Annual report of the Madras Medical College
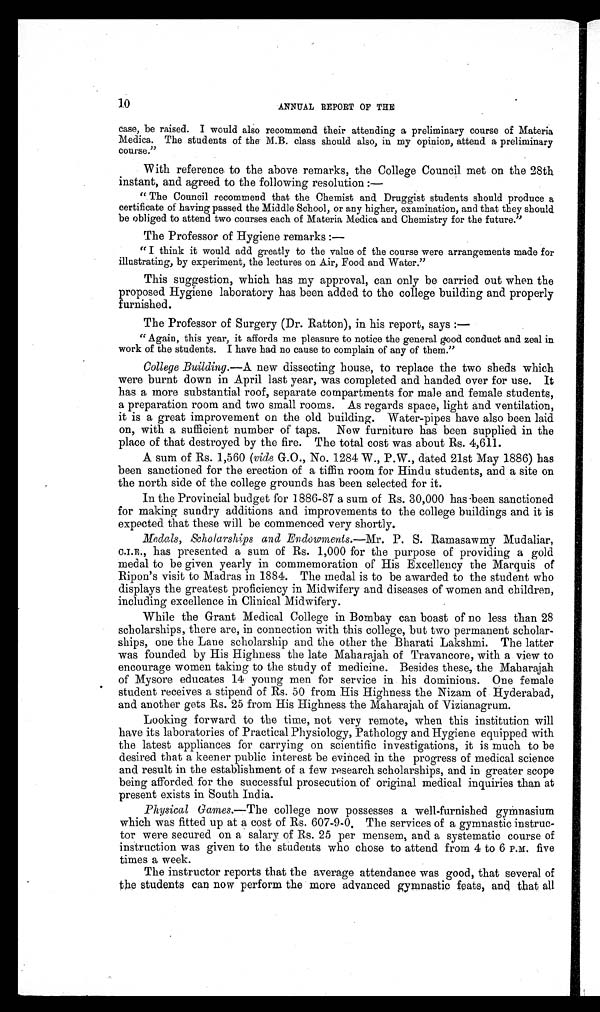
10
ANNUAL REPORT OF THE
case, be raised. I would also recommend their attending a preliminary course of Materia
Medica. The students of the M.B. class should also, in my opinion, attend a preliminary
course."
With reference to the above remarks, the College Council met on the 28th
instant, and agreed to the following resolution : —
" The Council recommend that the Chemist and Druggist students should produce a
certificate of having passed the Middle School, or any higher, examination, and that they should
be obliged to attend two courses each of Materia Medico and Chemistry for the future.
"
The Professor of Hygiene remarks : —
" I think it would add greatly to the value of the course were arrangements made for
illustrating, by experiment, the lectures on Air, Food and Water."
This suggestion, which has my approval, can only be carried out when the
proposed Hygiene laboratory has been added to the college building and properly
furnished.
The Professor of Surgery (Dr. Ratton), in his report, says :—
" Again, this year, it affords me pleasure to notice the general good conduct and zeal in
work of the students. I have had no cause to complain of any of them."
College Building. —A new dissecting house, to replace the two sheds which
were burnt down in April last year, was completed and handed over for use. It
has a more substantial roof, separate compartments for male and female students,
a preparation room and two small rooms. As regards space, light and ventilation,
it is a great improvement on the old building. Water-pipes have also been laid
on, with a sufficient number of taps. New furniture has been supplied in the
place of that destroyed by the fire. The total cost was about Rs. 4,611.
A sum of Rs. 1,560 (vide G.O., No. 1284 W., P.W., dated 21st May 1886) has
been sanctioned for the erection of a tiffin room for Hindu students, and a site on
the north side of the college grounds has been selected for it.
In the Provincial budget for 1886–87 a sum of Rs. 30,000 has been sanctioned
for making sundry additions and improvements to the college buildings and it is
expected that these will be commenced very shortly.
Medals, Scholarships and Endowments. —Mr. P. S. Ramasawmy Mudaliar,
C.I.E., has presented a sum of Rs. 1,000 for the purpose of providing a gold
medal to be given yearly in commemoration of His Excellency the Marquis of
Ripon's visit to Madras in 1884. The medal is to be awarded to the student who
displays the greatest proficiency in Midwifery and diseases of women and children,
including excellence in Clinical Midwifery.
While the Grant Medical College in Bombay can boast of no less than 28
scholarships, there are, in connection with this college, but two permanent scholar-
ships, one the Lane scholarship and the other the Bharati Lakshmi. The latter
was founded by His Highness the late Maharajah of Travancore, with a view to
encourage women taking to the study of medicine. Besides these, the Maharajah
of Mysore educates 14 young men for service in his dominions. One female
student receives a stipend of Rs. 50 from His Highness the Nizam of Hyderabad,
and another gets Rs. 25 from His Highness the Maharajah of Vizianagrum.
Looking forward to the time, not very remote, when this institution will
have its laboratories of Practical Physiology, Pathology and Hygiene equipped with
the latest appliances for carrying on scientific investigations, it is much to be
desired that a keener public interest be evinced in the progress of medical science
and result in the establishment of a few research scholarships, and in greater scope
being afforded for the successful prosecution of original medical inquiries than at
present exists in South India.
Physical Games. —The college now possesses a well-furnished gymnasium
which was fitted up at a cost of Rs. 607-9-0. The services of a gymnastic instruc-
tor were secured on a salary of Rs. 25 per mensem, and a systematic course of
instruction was given to the students who chose to attend from 4 to 6 P.M. five
times a week.
The instructor reports that the average attendance was good, that several of
the students can now perform the more advanced gymnastic feats, and that all